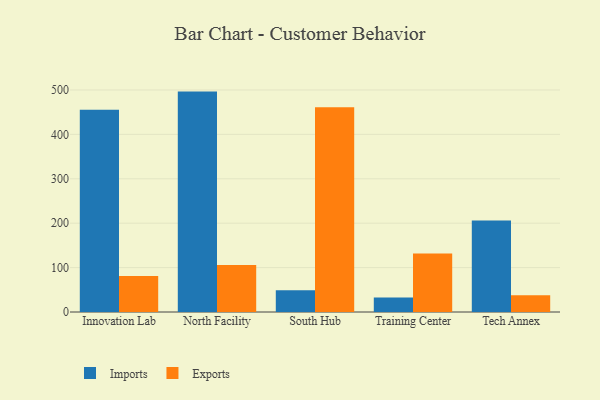
{"axis": {"x": "Campus", "y": "Shipments"}, "legend": ["Exports", "Imports"], "data": [{"x": "Innovation Lab", "y": 455.3, "type": "Imports"}, {"x": "Innovation Lab", "y": 81.0, "type": "Exports"}, {"x": "North Facility", "y": 496.3, "type": "Imports"}, {"x": "North Facility", "y": 105.9, "type": "Exports"}, {"x": "South Hub", "y": 49.0, "type": "Imports"}, {"x": "South Hub", "y": 461.1, "type": "Exports"}, {"x": "Training Center", "y": 32.7, "type": "Imports"}, {"x": "Training Center", "y": 132.0, "type": "Exports"}, {"x": "Tech Annex", "y": 205.8, "type": "Imports"}, {"x": "Tech Annex", "y": 37.7, "type": "Exports"}]}